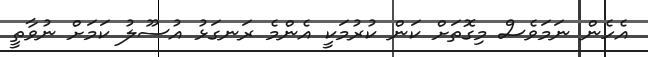
އެހެން ނަމަވެސް މިގޮތަށް ކަން ކުރުމަކީ އެންމެ ރަނގަޅު އުސޫލު ކަމަށް ނުވާތީ